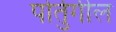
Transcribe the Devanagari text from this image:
पोर्तुगील